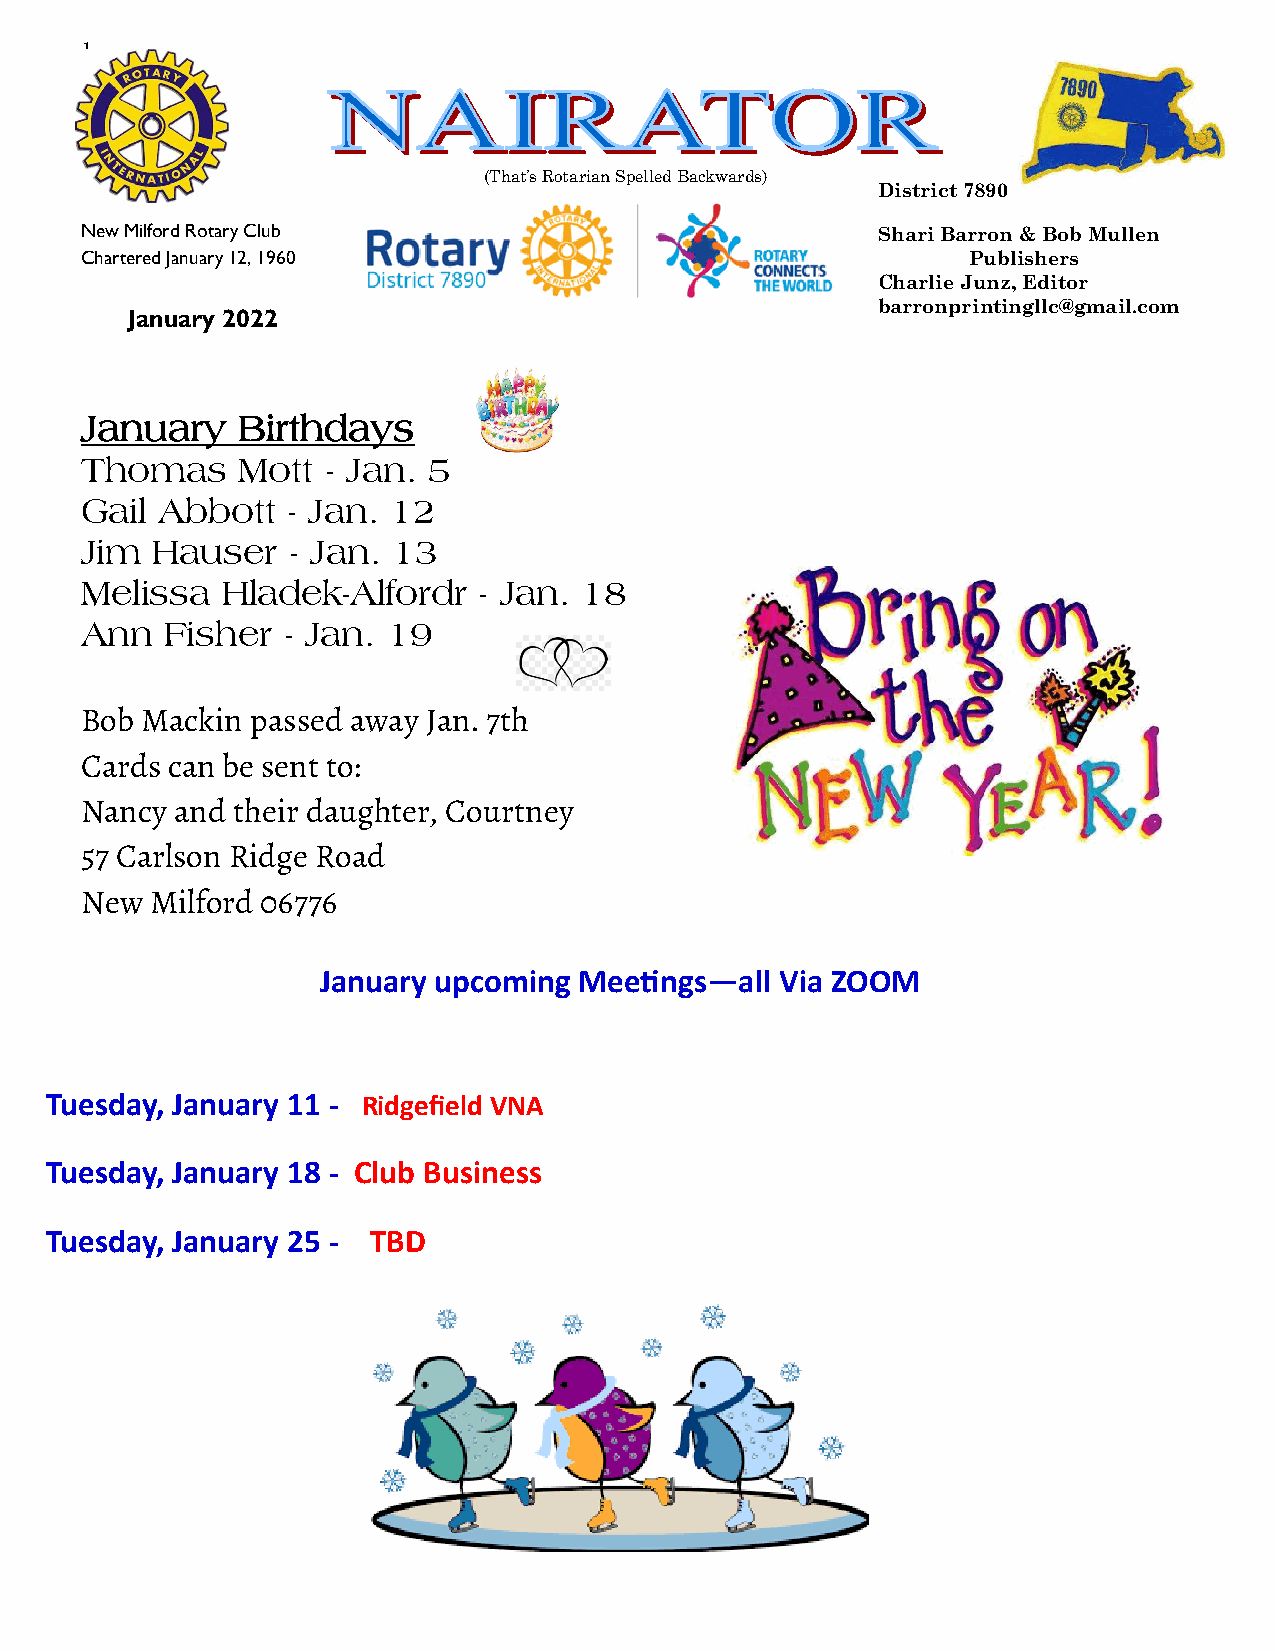
1
 (That’s Rotarian Spelled Backwards)
 District 7890
 New Milford Rotary Club                              Shari Barron & Bob Mullen
 Chartered January 12, 1960                                 Publishers
 Charlie Junz, Editor
 barronprintingllc@gmail.com
 January 2022
 January    Birthdays
 Thomas     Mott  - Jan. 5
 Gail Abbott   - Jan. 12
 Jim  Hauser   - Jan. 13
 Melissa   Hladek-Alfordr   - Jan. 18
 Ann   Fisher  - Jan. 19
 Bob Mackin  passed away Jan. 7th
 Cards can be sent to:
 Nancy  and their daughter, Courtney
 57 Carlson Ridge Road
 New  Milford 06776
 January upcoming Meetings—all  Via ZOOM
 Tuesday, January 11 - Ridgefield VNA
 Tuesday, January 18 - Club Business
 Tuesday, January 25 - TBD